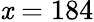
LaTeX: \mathit{x}=184